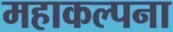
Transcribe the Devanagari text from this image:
महाकल्पना